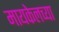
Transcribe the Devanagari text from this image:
मायकेलच्या